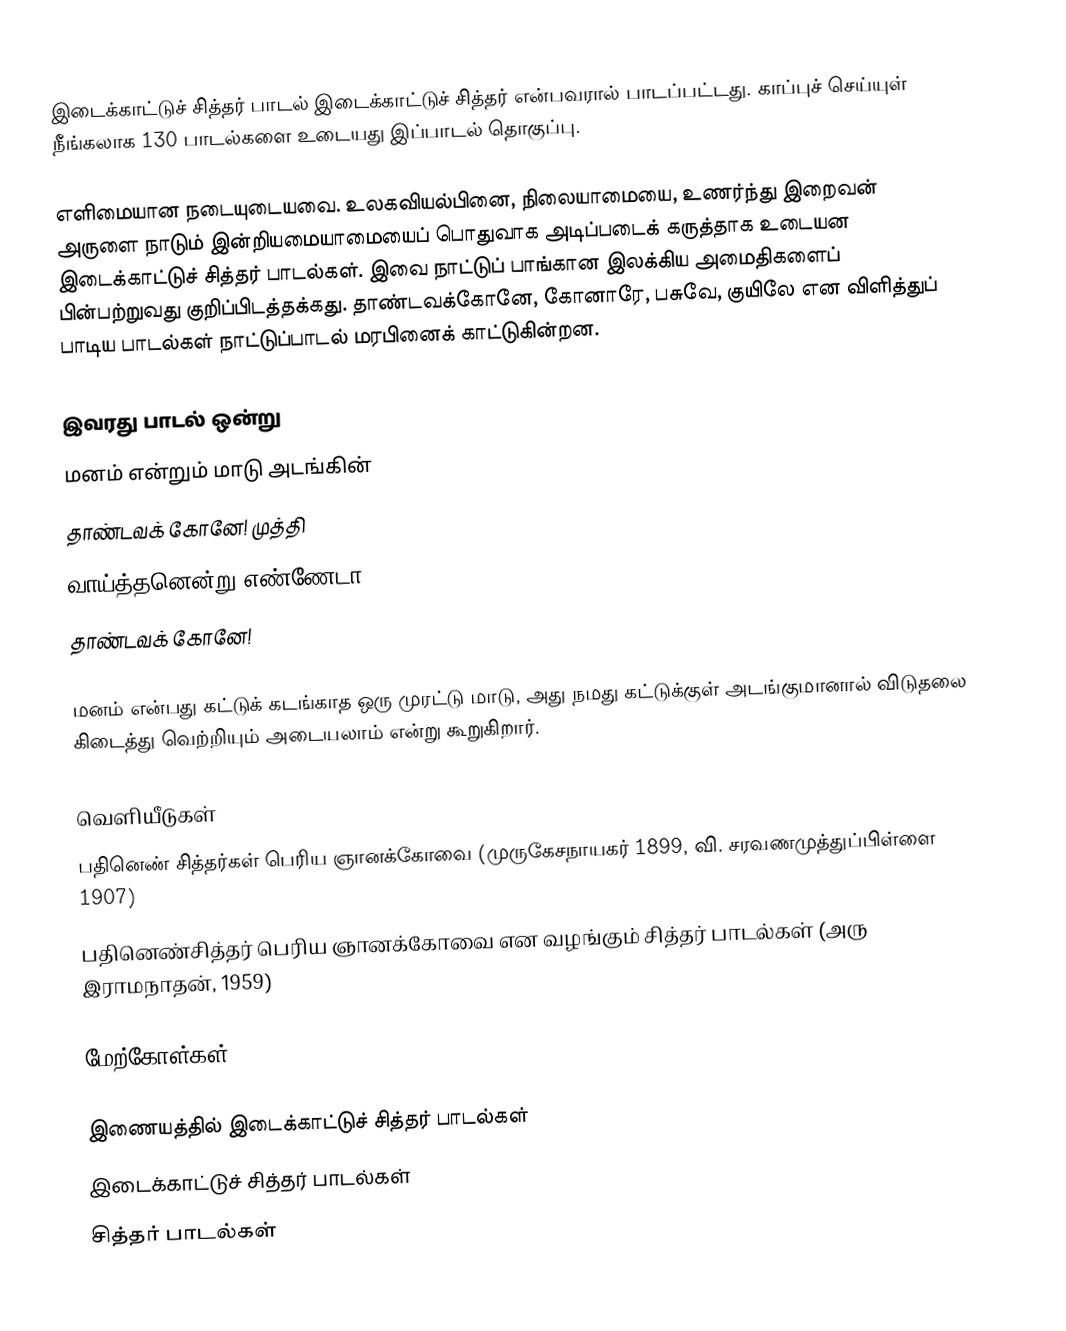
இடைக்காட்டுச் சித்தர் பாடல் இடைக்காட்டுச் சித்தர் என்பவரால் பாடப்பட்டது. காப்புச் செய்யுள் நீங்கலாக 130 பாடல்களை உடையது இப்பாடல் தொகுப்பு.

எளிமையான நடையுடையவை. உலகவியல்பினை, நிலையாமையை, உணர்ந்து இறைவன் அருளை நாடும் இன்றியமையாமையைப் பொதுவாக அடிப்படைக் கருத்தாக உடையன இடைக்காட்டுச் சித்தர் பாடல்கள். இவை நாட்டுப் பாங்கான இலக்கிய அமைதிகளைப் பின்பற்றுவது குறிப்பிடத்தக்கது. தாண்டவக்கோனே, கோனாரே, பசுவே, குயிலே என விளித்துப் பாடிய பாடல்கள் நாட்டுப்பாடல் மரபினைக் காட்டுகின்றன.

இவரது பாடல் ஒன்று
மனம் என்றும் மாடு அடங்கின்
தாண்டவக் கோனே! முத்தி
வாய்த்தனென்று எண்ணேடா
தாண்டவக் கோனே!

மனம் என்பது கட்டுக் கடங்காத ஒரு முரட்டு மாடு, அது நமது கட்டுக்குள் அடங்குமானால் விடுதலை கிடைத்து வெற்றியும் அடையலாம் என்று கூறுகிறார்.

வெளியீடுகள்
பதினெண் சித்தர்கள் பெரிய ஞானக்கோவை (முருகேசநாயகர் 1899, வி. சரவணமுத்துப்பிள்ளை 1907)
பதினெண்சித்தர் பெரிய ஞானக்கோவை என வழங்கும் சித்தர் பாடல்கள் (அரு இராமநாதன், 1959)

மேற்கோள்கள்

இணையத்தில் இடைக்காட்டுச் சித்தர் பாடல்கள்
இடைக்காட்டுச் சித்தர் பாடல்கள்
சித்தர் பாடல்கள்